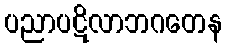
ပညာပဋိလာဘဂတေန